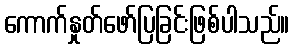
ကောက်နှုတ်ဖော်ပြခြင်းဖြစ်ပါသည်။